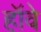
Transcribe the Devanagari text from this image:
हॉवे